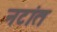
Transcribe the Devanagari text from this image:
नटांत